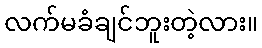
လက်မခံချင်ဘူးတဲ့လား။